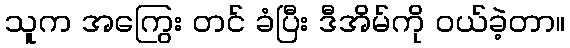
သူက အကြွေး တင် ခံပြီး ဒီအိမ်ကို ဝယ်ခဲ့တာ။